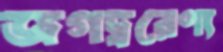
জগদ্বরেণ্য